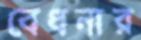
বেধনার